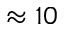
\approx 1 0